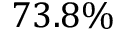
7 3 . 8 \%